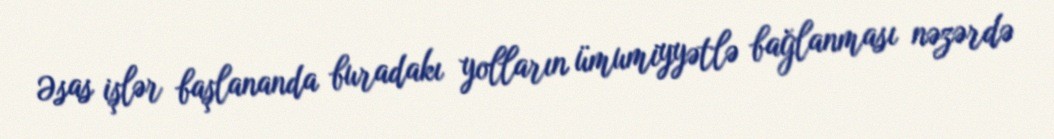
Əsas işlər başlananda buradakı yolların ümumiyyətlə bağlanması nəzərdə